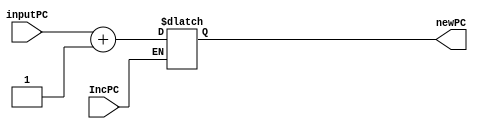
`timescale 1ns / 10ps

module PCincrement #(parameter qInitial = 0)(
    input IncPC,
    input [31:0] inputPC,
    output reg[31:0] newPC
    );

initial newPC = qInitial;
always@(IncPC)begin
   if (IncPC)
     newPC = inputPC + 1;
end
endmodule